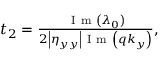
\begin{array} { r } { t _ { 2 } = \frac { \mathrm { ~ I ~ m ~ } \left( \lambda _ { 0 } \right) } { 2 \left| \eta _ { y y } \right| \mathrm { ~ I ~ m ~ } \left( q k _ { y } \right) } , } \end{array}